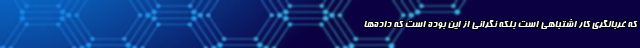
که غربالگری کار اشتباهی است بلکه نگرانی از این بوده است که داده‌ها